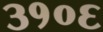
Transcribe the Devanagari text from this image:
३१०६